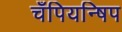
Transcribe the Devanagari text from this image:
चँपियन्षिप